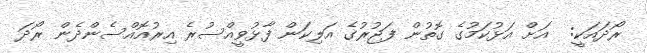
ރޯދައަކީ:  އަށް އަޅުކަމުގެ ގޮތުން ފަޖުރުގެ އަލިކަން ފާޅުވީއްސުރެ އިރުއޮއްސެންދެން ރޯދަ